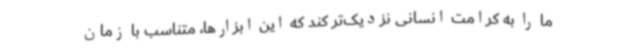
ما را به کرامت انسانی نزدیک‌تر کند که این ابزارها، متناسب با زمان